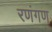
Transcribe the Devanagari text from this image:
रणंगण